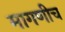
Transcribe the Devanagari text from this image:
मागणीच